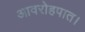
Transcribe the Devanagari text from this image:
आवरोहपात।